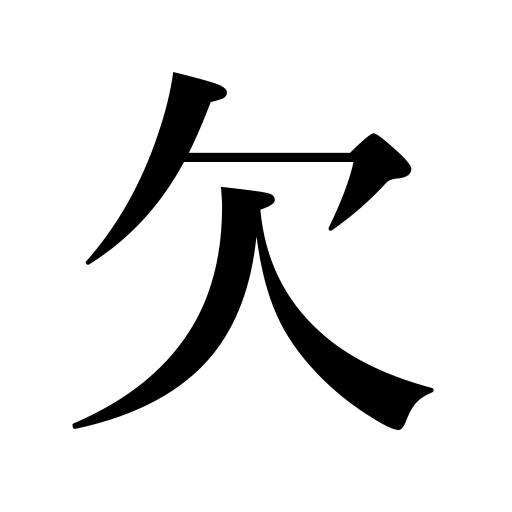
Meanings: be chipped,gap,be vacant a position,lack,crack,be missing,fail in,wane,break,be broken off,chip,neglect,omit